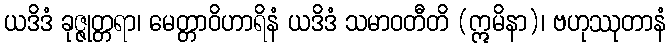
ယဒိဒံ ခုဇ္ဇုတ္တရာ၊ မေတ္တာဝိဟာရိနံ ယဒိဒံ သမာဝတီတိ (ဣမိနာ)၊ ဗဟုဿုတာနံ